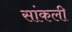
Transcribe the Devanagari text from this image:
सांकली